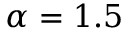
\alpha = 1 . 5